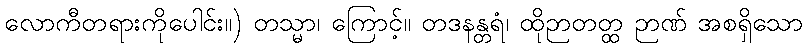
လောကီတရားကိုပေါင်း။) တသ္မာ၊ ကြောင့်။ တဒနန္တရံ၊ ထိုဉာတတ္ထ ဉာဏ် အစရှိသော